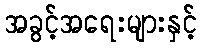
အခွင့်အရေးများနှင့်